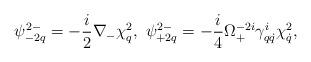
LaTeX: \begin{align*}\psi^{2-}_{-2q}=-\frac{i}{2}\nabla_{-}\chi^2_q,\ \psi^{2-}_{+2q}=-\frac{i}{4}\Omega^{-2i}_+\gamma^i_{q\dot q}\chi ^2_{\dot q},\end{align*}